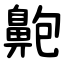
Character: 䶌